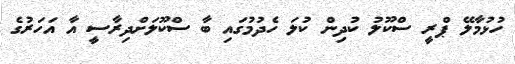
ހުޅުމާލޭ ޕްރީ ސްކޫލު ކުދިން ކުލަ ހެދުމުގައި ބާ ސްކޫލަށްދިރާސީ އާ އަހަރުގެ